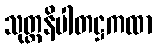
သုတ္တနိပါတဋ္ဌကထာ